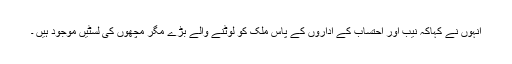
انہوں نے کہاکہ نیب اور احتساب کے اداروں کے پاس ملک کو لوٹنے والے بڑے مگر مچھوں کی لسٹیں موجود ہیں ۔